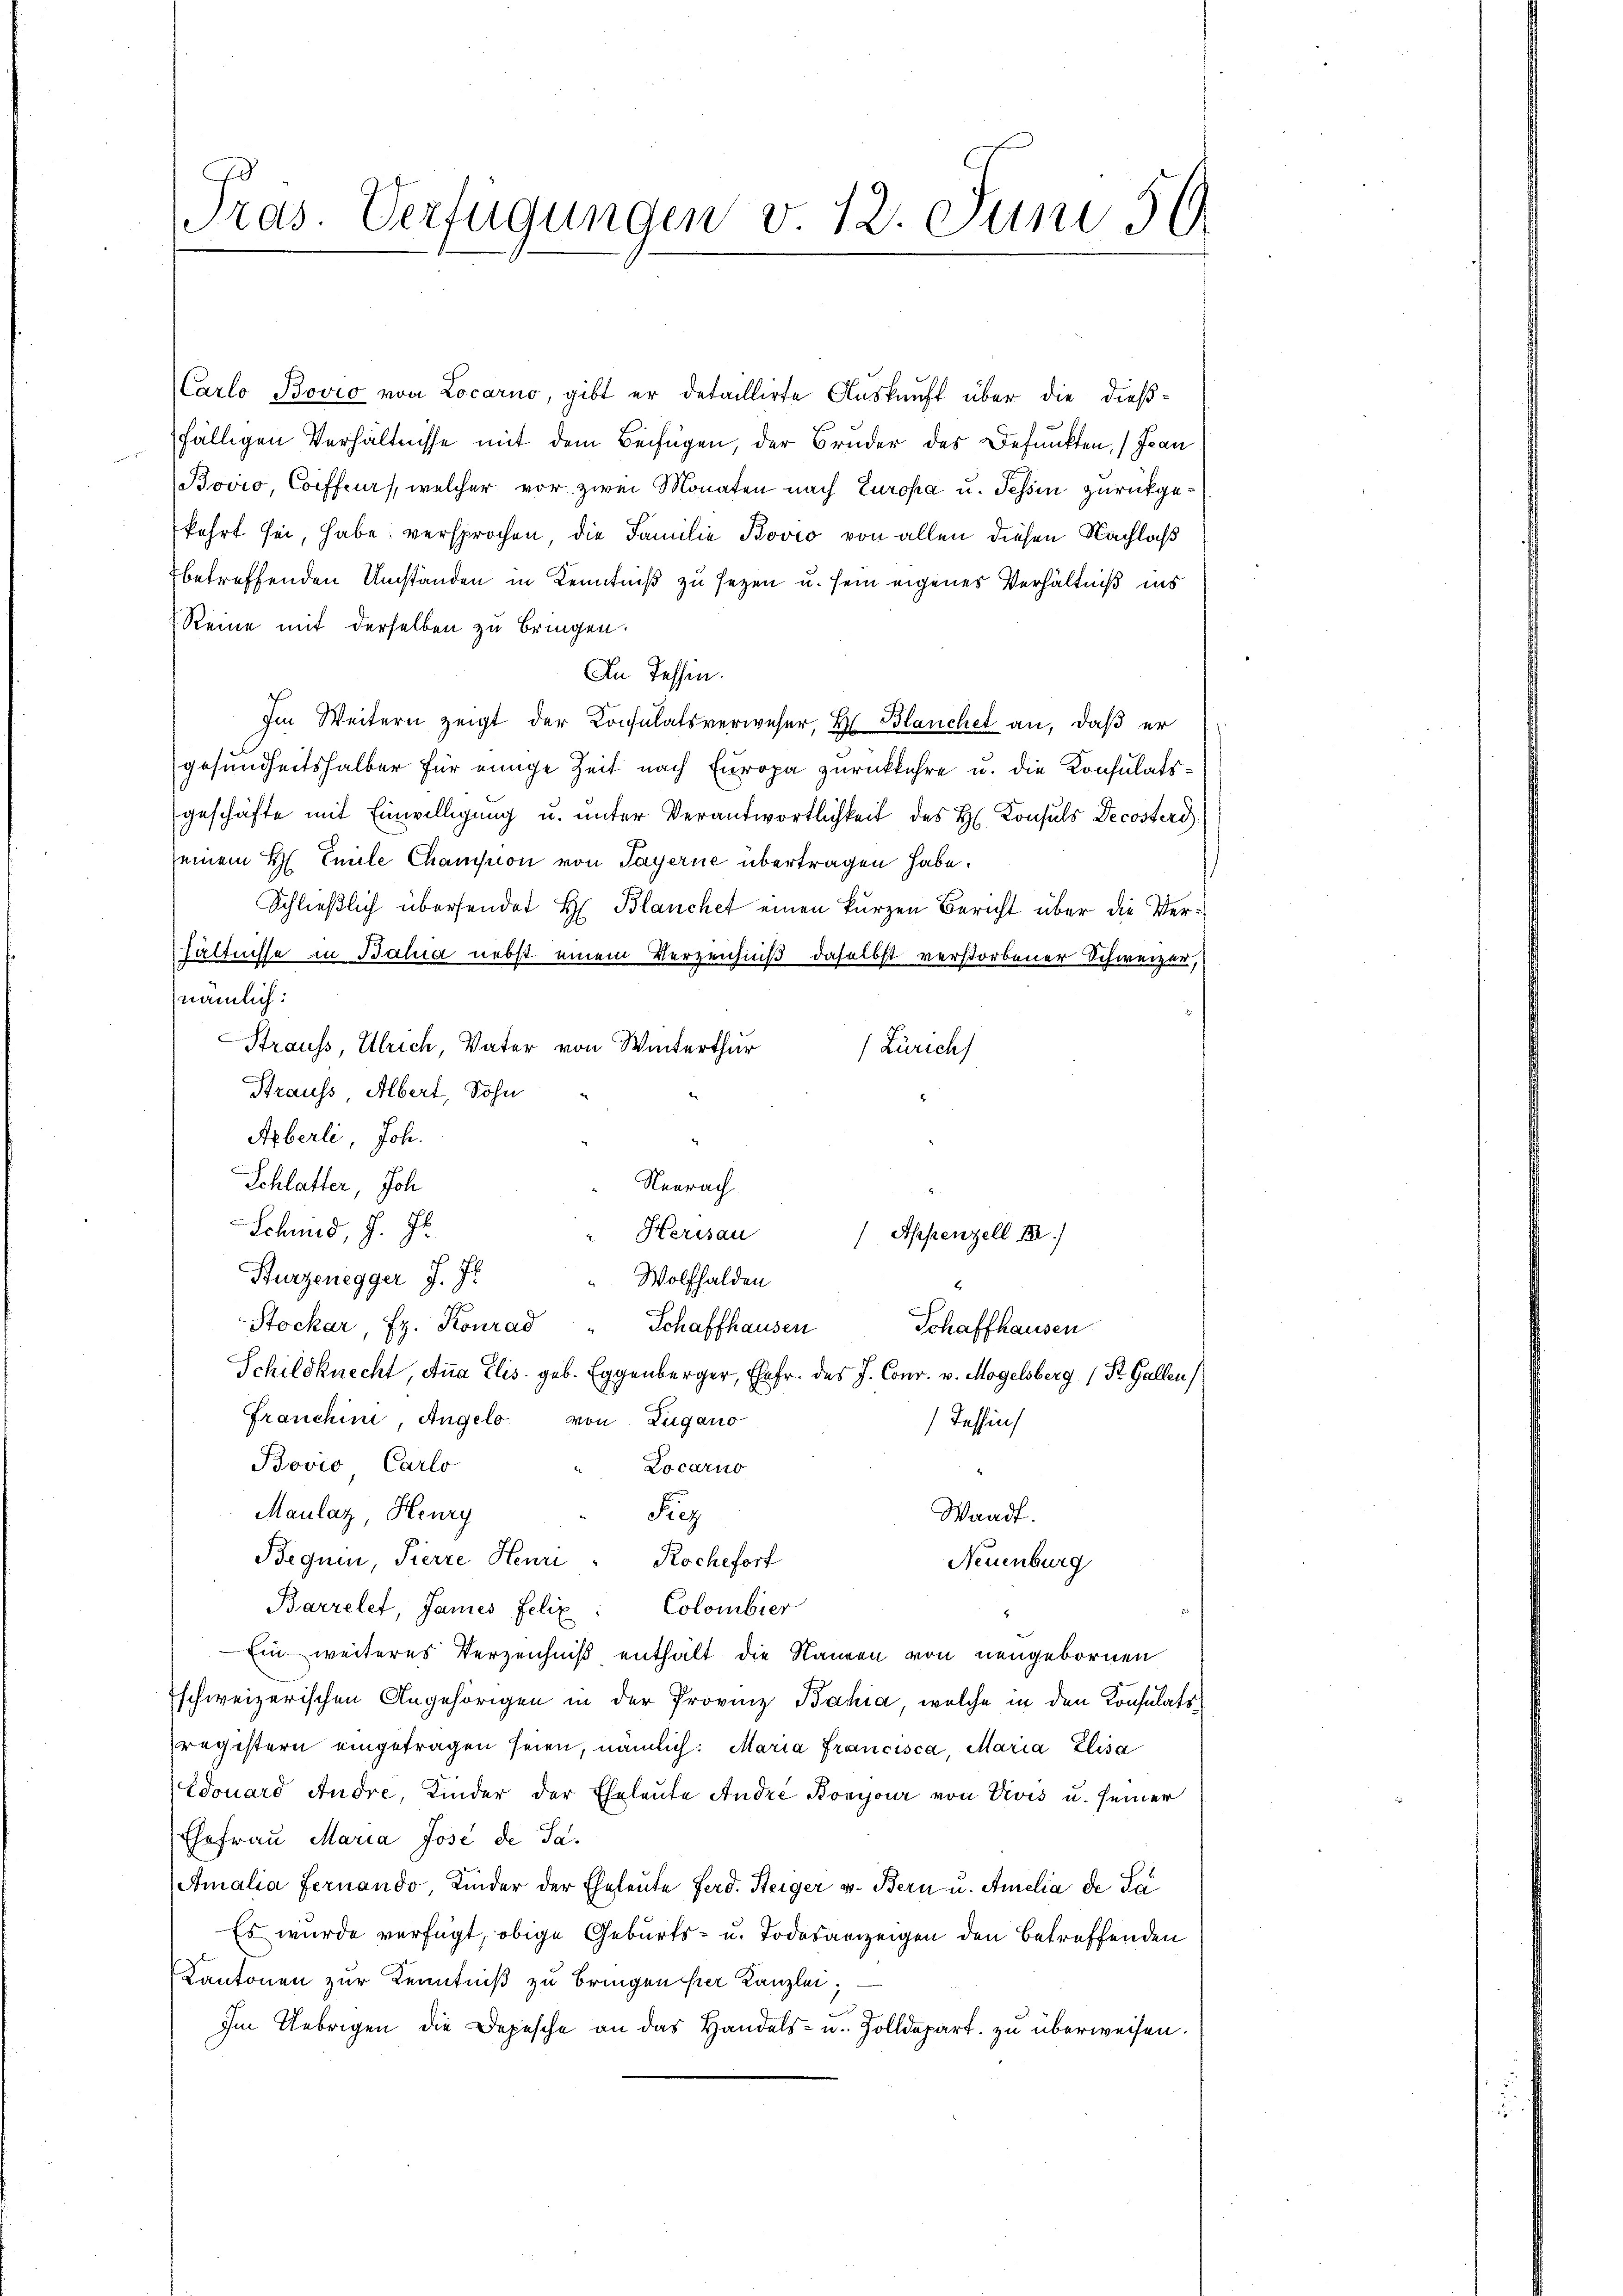
Carlo Bovio von Locarno, gibt er detaillirte Auskunft über die dießfälligen Verhältnisse mit dem Beifügen, der Bruder des Befunkten, (Jean
Bovio, Coiffer, welcher vor zwei Monaten nach Europa u. Tessin zurückgekehrt sei, habe versprochen die Familie Bovio von allen diesen Nachlaß
betreffenden Umständen in Kenntniß zu sezen u. sein eigenes Verhältniß ins
Reine mit derselben zu bringen.
In Tessin.
Im Weitern zeigt der Konsulatsverweser, H. Blanchet an, daß er
gesundheitshalber für einige Zeit nach Europa zurückkehre u. die Konsulatsgeschäfte mit Einwilligung u. ŭnter Verantwortlichkeit des H. Konsuls Decosterd
seinem H. Emile Chamson von Payerne übertragen habe.
Schließlich übersendet H. Blanchet einen kurzen Bericht über die Verhältnisse in Bahia nebst einem Verzeichniß daselbst verstorbener Schweizer,
nämlich:
Strauss, Ulrich, Vater von Winterthur
(Zürich
Strauss, Albert, Sohn
Axberli, Joh.
Schlatter, Joh
Neerach
Schmid, J. J.
Herisau
Appenzell Be
Burzenegger J. J.
Wolfhalden
Stockar, z. Konrad
Schaffhausen
Schaffhausen
Schildknecht, Anna Elis. geb. Eggenberger, Ehefr. des J. Conr. v. Mogelsberg (Dr. Gallen
Franchini, Angelo von Zugano
Tessin
Bovio Carlo
Locarno
Maulaz, Henry
Siez
Waadt.
Bequen, Pierre Henri Rochefort
Neuenburg
Barrelet, James Felix: Colombier
Ein weiteres Verzeichniß enthalt die Namen von neugebornen
Eschweizerischen Angehörigen in der Provinz Bahia, welche in den Konsulatsregistern eingetragen seien, nämlich: Maria Francisca, Maria Elisa
Edouard Andre, Kinder der Eheleute André Bonijour von Divis u. seiner
Ehefrau Maria Jose de Sa¬
Amalia Fernando, Kinder der Eheleute Ferd. Steiger v. Bern u. Amelia de Tei
Es wurde verfügt, obige Geburts- u. Todesanzeigen den betreffenden
Kantonen zur Kenntniß zu bringen hier Kanzlei,
Im Uebrigen die Depesche an das Handels- u. Zolldepart zu überweisen.

d
Pras. Verfügungen v. 12. Juni 56.